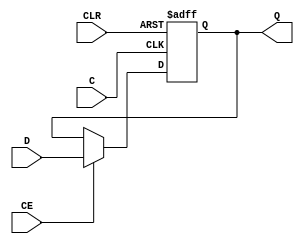
`timescale 100 ps / 10 ps
//////////////////////////////////////////////////////////////////////////////////
// Company: 
// Engineer: 
// 
// Design Name: 
// Module Name: FD16CE
// Project Name: 
// Target Devices: 
// Tool Versions: 
// Description: 
// 
// Dependencies: 
// 
// Revision:
// Revision 0.01 - File Created
// Additional Comments:
// 
//////////////////////////////////////////////////////////////////////////////////


module FD16CE(D,CE,C,CLR,Q);
    
    input [15:0] D;
    input CE;
    input C;
    input CLR;
    output reg [15:0] Q;
    
 
    always @ ( posedge C or posedge CLR)
    begin
        if (CLR)
		Q <= 16'h0000; 
	else if (CE)
		Q <= D;
	end
endmodule